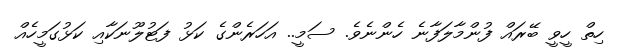
ހިތް ހީވީ ބޭރައް ފުންމާލަފާނެ ހެންނެވެ. ސަމީ.. އަހަރެންގެ ކަޅު ފަޓުލޫނަކާއި ކަޅުގަމީހެއް